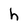
Character: h